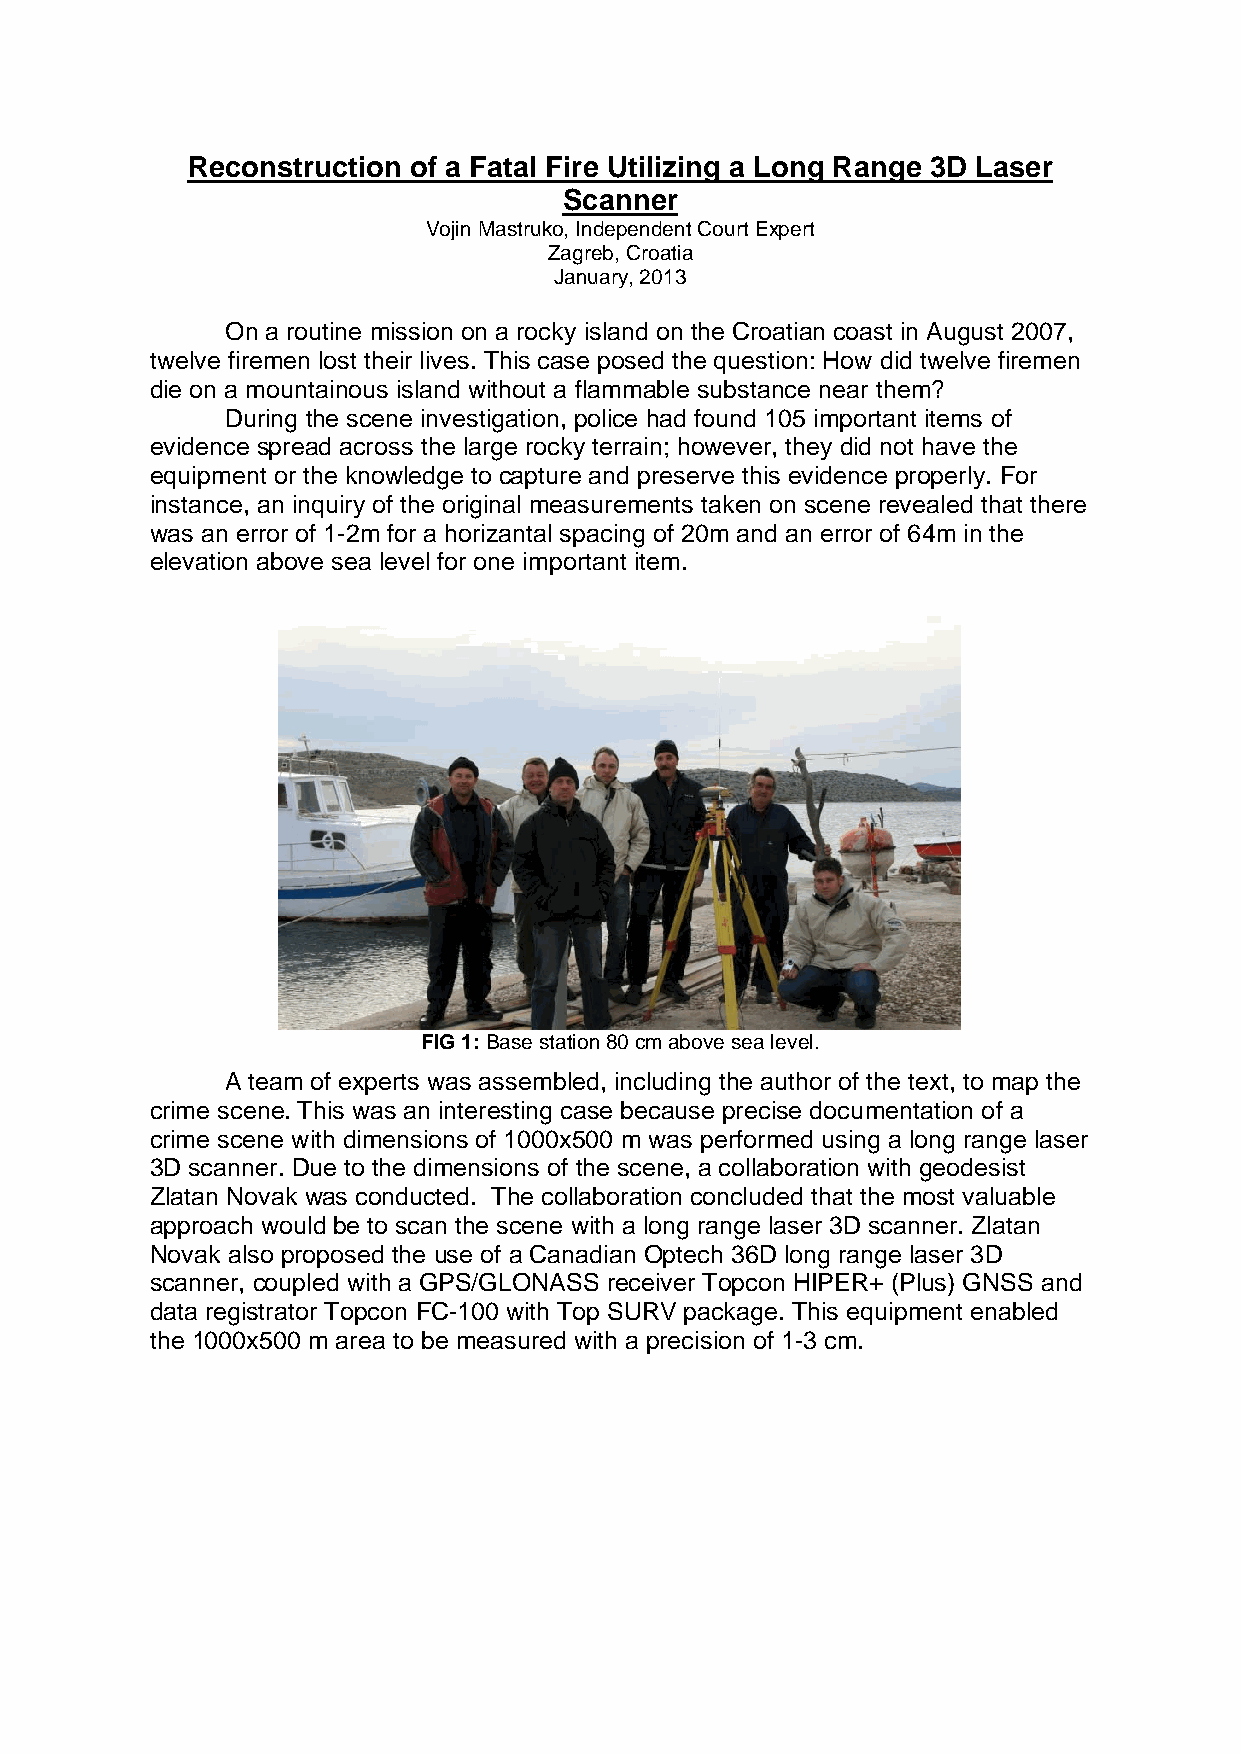
Reconstruction of a Fatal Fire Utilizing a Long Range 3D Laser
 Scanner
 Vojin Mastruko, Independent Court Expert
 Zagreb, Croatia
 January, 2013
 On a routine mission on a rocky island on the Croatian coast in August 2007,
 twelve firemen lost their lives. This case posed the question: How did twelve firemen
 die on a mountainous island without a flammable substance near them?
 During the scene investigation, police had found 105 important items of
 evidence spread across the large rocky terrain; however, they did not have the
 equipment or the knowledge to capture and preserve this evidence properly. For
 instance, an inquiry of the original measurements taken on scene revealed that there
 was an error of 1-2m for a horizantal spacing of 20m and an error of 64m in the
 elevation above sea level for one important item.
 FIG 1: Base station 80 cm above sea level.
 A team of experts was assembled, including the author of the text, to map the
 crime scene. This was an interesting case because precise documentation of a
 crime scene with dimensions of 1000x500 m was performed using a long range laser
 3D scanner. Due to the dimensions of the scene, a collaboration with geodesist
 Zlatan Novak was conducted. The collaboration concluded that the most valuable
 approach would be to scan the scene with a long range laser 3D scanner. Zlatan
 Novak also proposed the use of a Canadian Optech 36D long range laser 3D
 scanner, coupled with a GPS/GLONASS receiver Topcon HIPER+ (Plus) GNSS and
 data registrator Topcon FC-100 with Top SURV package. This equipment enabled
 the 1000x500 m area to be measured with a precision of 1-3 cm.